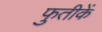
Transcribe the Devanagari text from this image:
फुतीकें